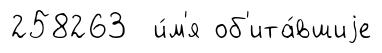
258263 и́м'я об'ита́вшиjе